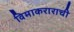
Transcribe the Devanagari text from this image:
विमाकराराची